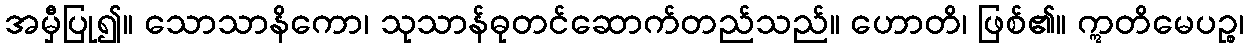
အမှီပြု၍။ သောသာနိကော၊ သုသာန်ဓုတင်ဆောက်တည်သည်။ ဟောတိ၊ ဖြစ်၏။ ဣတိမေပဉ္စ၊